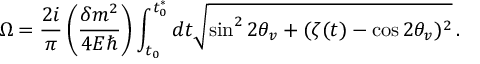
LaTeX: \Omega = \frac { 2 i } { \pi } \left( \frac { \delta m ^ { 2 } } { 4 E \hbar } \right) \int _ { t _ { 0 } } ^ { t _ { 0 } ^ { * } } { d t \sqrt { \sin ^ { 2 } { 2 \theta _ { v } } + ( \zeta ( t ) - \cos { 2 \theta _ { v } } ) ^ { 2 } } } \, .